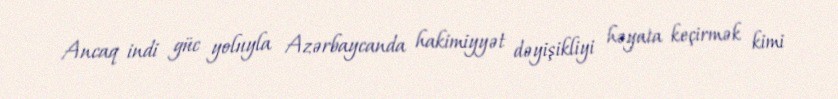
Ancaq indi güc yoluyla Azərbaycanda hakimiyyət dəyişikliyi həyata keçirmək kimi